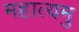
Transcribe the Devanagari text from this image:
महात्यमु